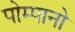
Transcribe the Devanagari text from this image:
पोम्पानो